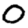
Digit: 0